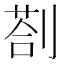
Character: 剳